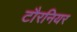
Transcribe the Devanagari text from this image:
टौरनियर